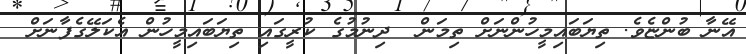
އޭނާ ބުންޏެވެ. ތިޔަބައިމީހުންނަށް ތިމަން  ދިނުމުގެ ކުރީގައި ތިޔަބައިމީހުން އެކަލޭގެފާނަށް